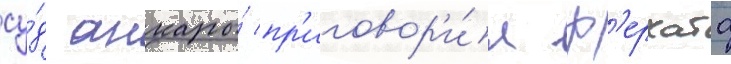
су́д анкары́ пр'иговор'и́л ф'ерхата